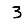
Digit: 3